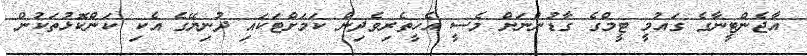
އާޖެންޓީނާގެ ގައުމީ ޓީމްގެ ގާޑުންނަށް މެސީ އެހީތެރިވެދިން ކަމަށްޓަކައި ދުނިޔޭގެ އެކި ކަންކޮޅުތަކުން